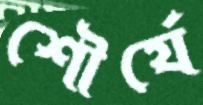
শৌর্যে